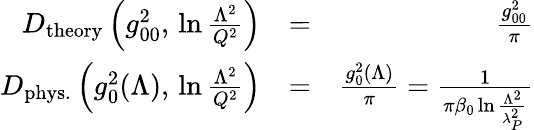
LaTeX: \begin{array}{rlr}{D_{\mathrm{theory}}\left(g_{00}^{2},\, \ln{\frac{\Lambda^{2}}{Q^{2}}}\right)}&{=}&{{\frac{g_{00}^{2}}{\pi}}}\\ {D_{\mathrm{phys.}}\left(g_{0}^{2}(\Lambda),\, \ln{\frac{\Lambda^{2}}{Q^{2}}}\right)}&{=}&{{\frac{g_{0}^{2}(\Lambda)}{\pi}}={\frac{1}{\pi\beta_{0}\ln{\frac{\Lambda^{2}}{\lambda_{P}^{2}}}}}}\end{array}